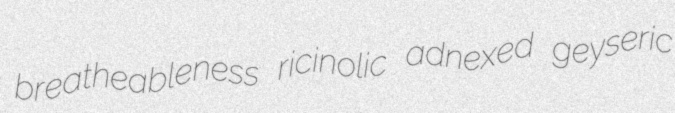
breatheableness ricinolic adnexed geyseric